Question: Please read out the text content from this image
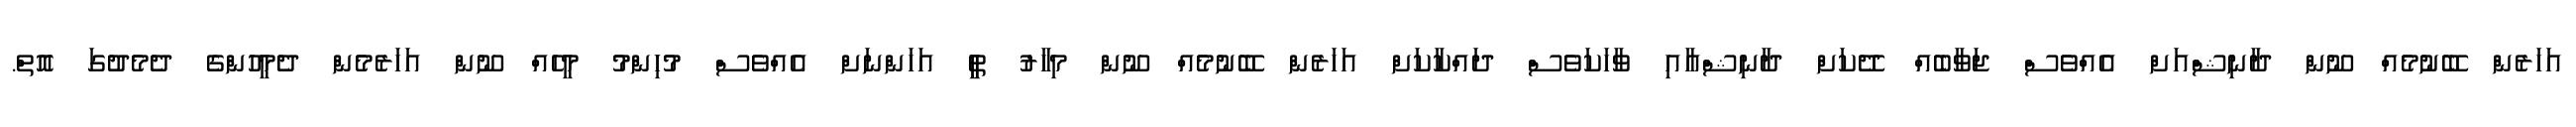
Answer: އަހަރެން ބޭނުމެއް ނޫން ދާނިޝްއަށް އެއްވެސް ޖަވާބެއް ދޭކަށް ދާނިޝްއާއި ވާހަކަވެސް ދައްކާކަށް އަހަރެން ބޭނުމެއް ނޫން މިހާރު ތީީ އަހަންނަށް އެއްވެސް މުހިންމު މީހެއް ނޫން އަހަރެމެން ދެމީހުންގެ ދެމެދުގަ އޮތް.